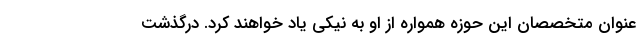
عنوان متخصصان این حوزه همواره از او به نیکی یاد خواهند کرد. درگذشت